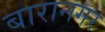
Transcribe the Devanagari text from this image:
बारानगर